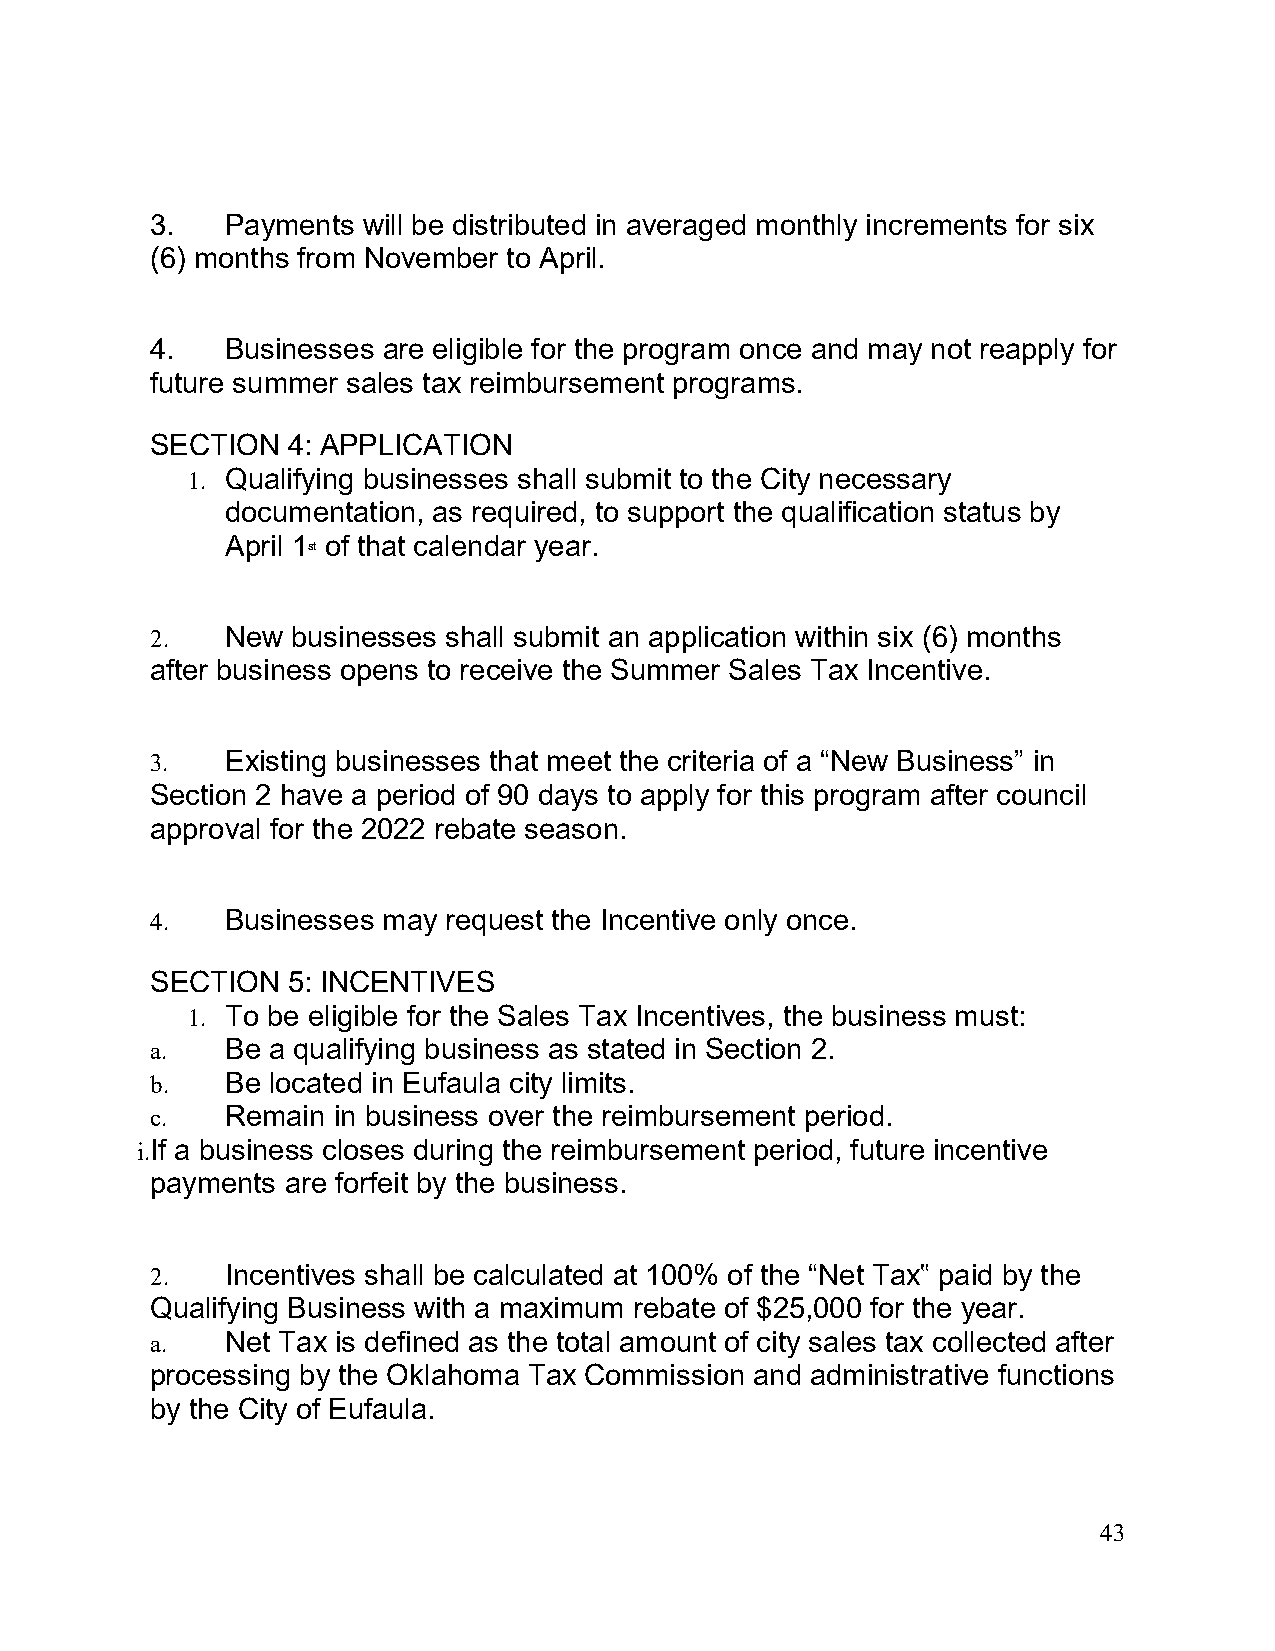
3.   Payments will be distributed in averaged monthly increments for six
 (6) months from November to April.
 4.   Businesses are eligible for the program once and may not reapply for
 future summer sales tax reimbursement programs.
 SECTION  4: APPLICATION
 1. Qualifying businesses shall submit to the City necessary
 documentation, as required, to support the qualification status by
 April 1st of that calendar year.
 2.   New businesses shall submit an application within six (6) months
 after business opens to receive the Summer Sales Tax Incentive.
 3.   Existing businesses that meet the criteria of a “New Business” in
 Section 2 have a period of 90 days to apply for this program after council
 approval for the 2022 rebate season.
 4.   Businesses may request the Incentive only once.
 SECTION  5: INCENTIVES
 1. To be eligible for the Sales Tax Incentives, the business must:
 a.   Be a qualifying business as stated in Section 2.
 b.   Be located in Eufaula city limits.
 c.   Remain in business over the reimbursement period.
 i.If a business closes during the reimbursement period, future incentive
 payments are forfeit by the business.
 2.   Incentives shall be calculated at 100% of the “Net Tax‟ paid by the
 Qualifying Business with a maximum rebate of $25,000 for the year.
 a.   Net Tax is defined as the total amount of city sales tax collected after
 processing by the Oklahoma Tax Commission and administrative functions
 by the City of Eufaula.
 43